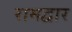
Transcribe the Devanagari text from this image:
रामद्वार